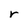
Character: r